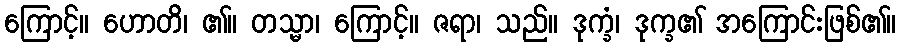
ကြောင့်။ ဟောတိ၊ ၏။ တသ္မာ၊ ကြောင့်။ ဇရာ၊ သည်။ ဒုက္ခံ၊ ဒုက္ခ၏ အကြောင်းဖြစ်၏။